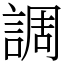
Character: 調